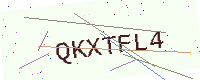
Text: QKXTFL4